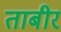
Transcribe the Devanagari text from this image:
ताबीर